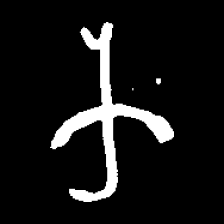
Pyu character \u2014 Myanmar letter: က (romanized: ka)